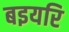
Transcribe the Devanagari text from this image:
बइयरि